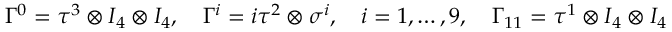
\Gamma ^ { 0 } = \tau ^ { 3 } \otimes I _ { 4 } \otimes I _ { 4 } , \quad \Gamma ^ { i } = i \tau ^ { 2 } \otimes \sigma ^ { i } , \quad i = 1 , \dots , 9 , \quad \Gamma _ { 1 1 } = \tau ^ { 1 } \otimes I _ { 4 } \otimes I _ { 4 }